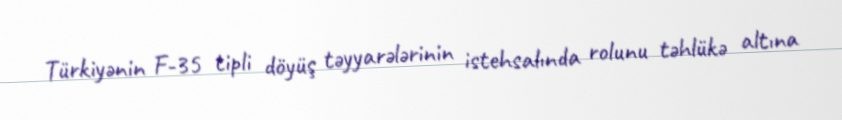
Türkiyənin F-35 tipli döyüş təyyarələrinin istehsalında rolunu təhlükə altına